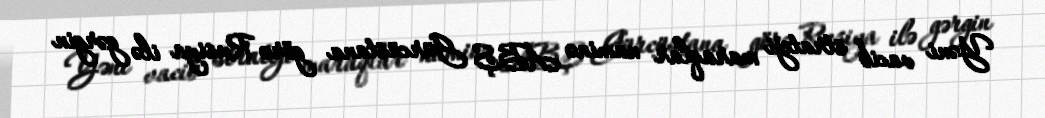
Yəni vacib strateji maraqlar naminə ABŞ Gürcüstana görə Rusiya ilə gərgin